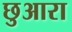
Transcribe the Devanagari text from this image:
छुआरा